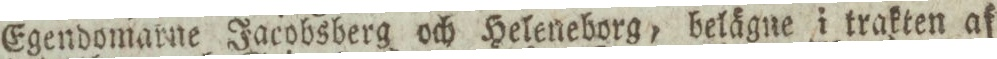
Egendomarne Jacobsberg och Heleneborg, belägne i trakten af